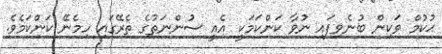
ޙުކުމް ވަކިން ބުނެވިފައި ނުވާ ކަންކަމަކީ އެއީ ސުންނަތުގެ ތެރޭގައި ހިމެނޭ ކަންކަމެވެ.